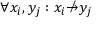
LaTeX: \forall x _ { i } , y _ { j } : x _ { i } \not \to y _ { j }